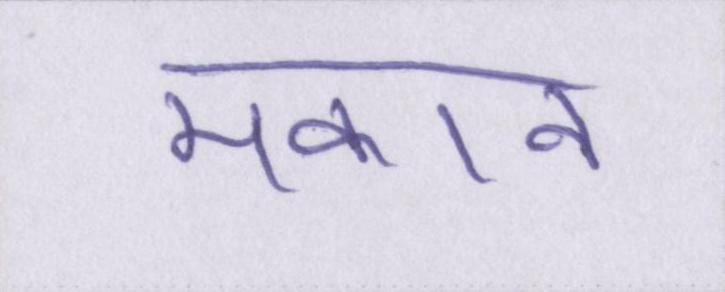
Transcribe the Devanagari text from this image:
मकान